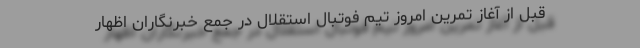
قبل از آغاز تمرین امروز تیم فوتبال استقلال در جمع خبرنگاران اظهار